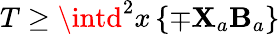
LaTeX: T\geq\intd^{2}x\left\{ \mp\mathbf{X}_{a}\mathbf{B}_{a}\right\}